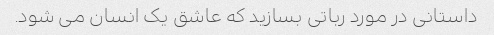
داستانی در مورد رباتی بسازید که عاشق یک انسان می شود.